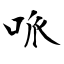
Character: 哌